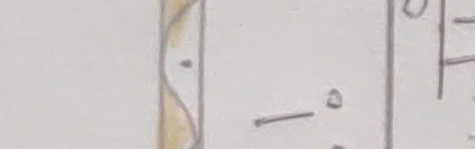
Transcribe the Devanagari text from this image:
- ० | ०